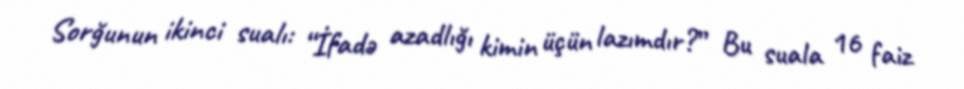
Sorğunun ikinci sualı: “İfadə azadlığı kimin üçün lazımdır?” Bu suala 16 faiz